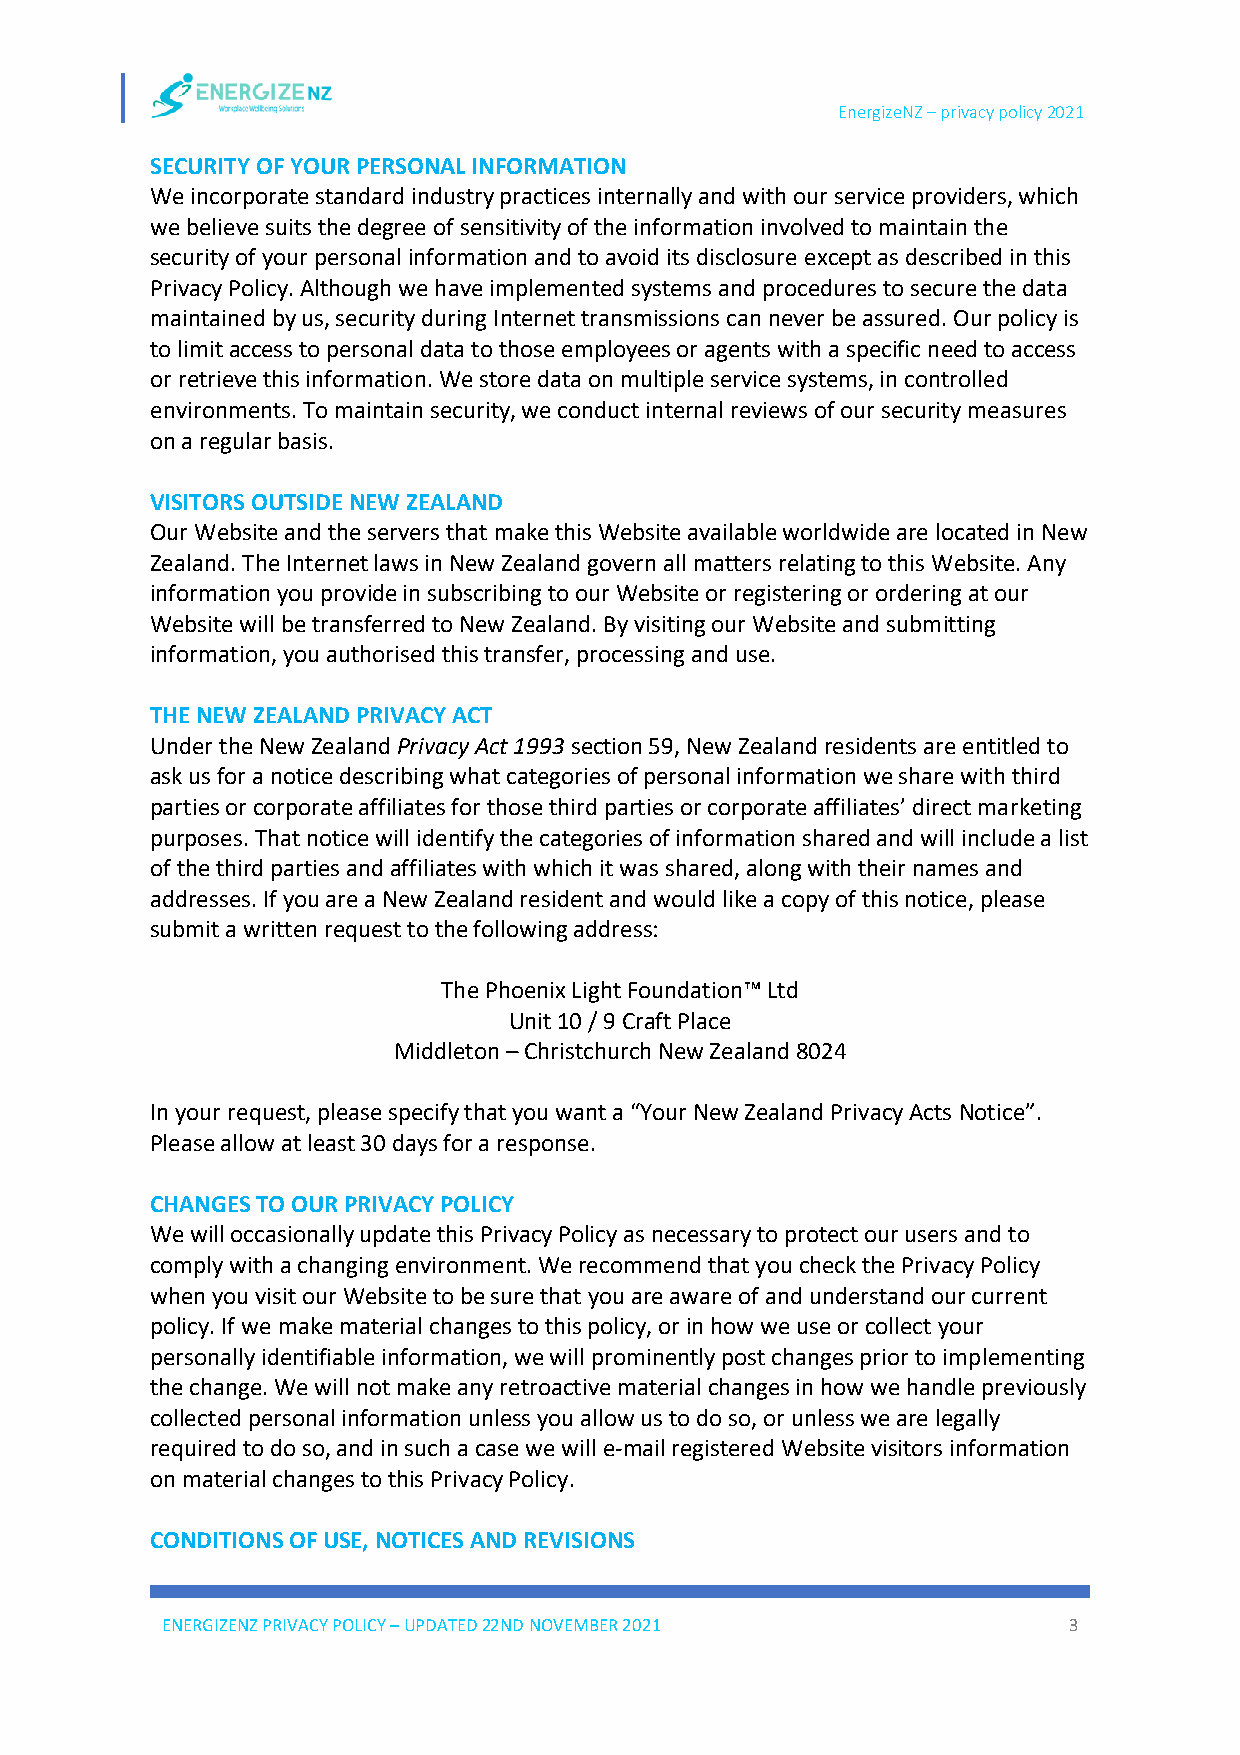
EnergizeNZ – privacy policy 2021
 SECURITY OF YOUR PERSONAL INFORMATION
 We incorporate standard industry practices internally and with our service providers, which
 we believe suits the degree of sensitivity of the information involved to maintain the
 security of your personal information and to avoid its disclosure except as described in this
 Privacy Policy. Although we have implemented systems and procedures to secure the data
 maintained by us, security during Internet transmissions can never be assured. Our policy is
 to limit access to personal data to those employees or agents with a specific need to access
 or retrieve this information. We store data on multiple service systems, in controlled
 environments. To maintain security, we conduct internal reviews of our security measures
 on a regular basis.
 VISITORS OUTSIDE NEW ZEALAND
 Our Website and the servers that make this Website available worldwide are located in New
 Zealand. The Internet laws in New Zealand govern all matters relating to this Website. Any
 information you provide in subscribing to our Website or registering or ordering at our
 Website will be transferred to New Zealand. By visiting our Website and submitting
 information, you authorised this transfer, processing and use.
 THE NEW ZEALAND PRIVACY ACT
 Under the New Zealand Privacy Act 1993 section 59, New Zealand residents are entitled to
 ask us for a notice describing what categories of personal information we share with third
 parties or corporate affiliates for those third parties or corporate affiliates’ direct marketing
 purposes. That notice will identify the categories of information shared and will include a list
 of the third parties and affiliates with which it was shared, along with their names and
 addresses. If you are a New Zealand resident and would like a copy of this notice, please
 submit a written request to the following address:
 The Phoenix Light Foundation™ Ltd
 Unit 10 / 9 Craft Place
 Middleton – Christchurch New Zealand 8024
 In your request, please specify that you want a “Your New Zealand Privacy Acts Notice”.
 Please allow at least 30 days for a response.
 CHANGES TO OUR PRIVACY POLICY
 We will occasionally update this Privacy Policy as necessary to protect our users and to
 comply with a changing environment. We recommend that you check the Privacy Policy
 when you visit our Website to be sure that you are aware of and understand our current
 policy. If we make material changes to this policy, or in how we use or collect your
 personally identifiable information, we will prominently post changes prior to implementing
 the change. We will not make any retroactive material changes in how we handle previously
 collected personal information unless you allow us to do so, or unless we are legally
 required to do so, and in such a case we will e-mail registered Website visitors information
 on material changes to this Privacy Policy.
 CONDITIONS OF USE, NOTICES AND REVISIONS
 ENERGIZENZ PRIVACY POLICY – UPDATED 22ND NOVEMBER 2021      3